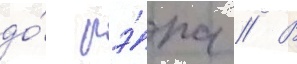
до́ рэ́па // В